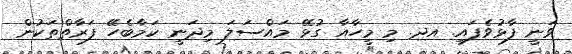
ވަނީ ފާޅުވެފައި. އދ. މި މީހާއާ ގުޅޭ މައްސަލަ މިދަނީ ކަމާބެހޭ ފަރާތްތަކުން